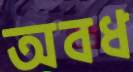
অবধ